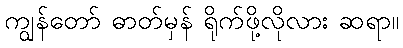
ကျွန်တော် ဓာတ်မှန် ရိုက်ဖို့လိုလား ဆရာ။